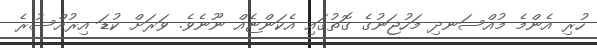
ހުރި އެންމެ މުއްސަނދި މަހުޖަނުގެ ގޮތުގައި އެކަންޏެއް ނޫނެވެ. ވަރަށް ކުޑަ އިރުއްސުރެ